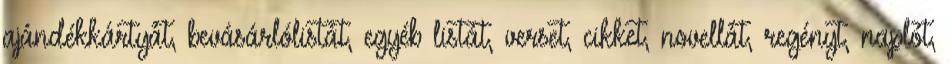
ajándékkártyát, bevásárlólistát, egyéb listát, verset, cikket, novellát, regényt, naplót,